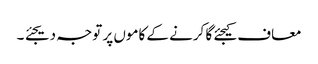
معاف کیجئے گا کرنے کے کاموں پر توجہ دیجئے ۔